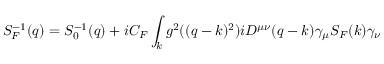
S _ { F } ^ { - 1 } ( q ) = S _ { 0 } ^ { - 1 } ( q ) + i C _ { F } \int _ { k } g ^ { 2 } ( ( q - k ) ^ { 2 } ) i D ^ { \mu \nu } ( q - k ) \gamma _ { \mu } S _ { F } ( k ) \gamma _ { \nu }